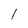
Character: l